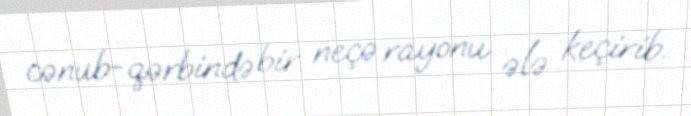
cənub-qərbində bir neçə rayonu ələ keçirib.